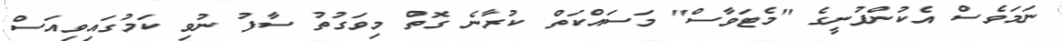
ނަމަވެސް އެކުންފުނީގެ "މެޓަވާސް" މަސައްކަތް ކުރާނެ ގޮތް މިވަގުތު ސާފު ނުވި ކަމުގައިވިއަސް